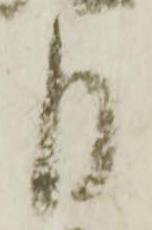
月